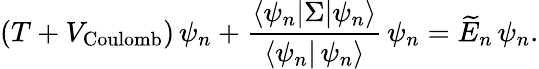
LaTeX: (T+V_{\textrm{Coulomb}})\, \psi_{n}+\frac{\langle\psi_{n}|\Sigma|\psi_{n}\rangle}{\langle\psi_{n}|\, \psi_{n}\rangle}\, \psi_{n}=\widetilde{E}_{n}\, \psi_{n}.